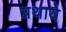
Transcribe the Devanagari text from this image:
प्रथाये